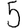
Digit: 5